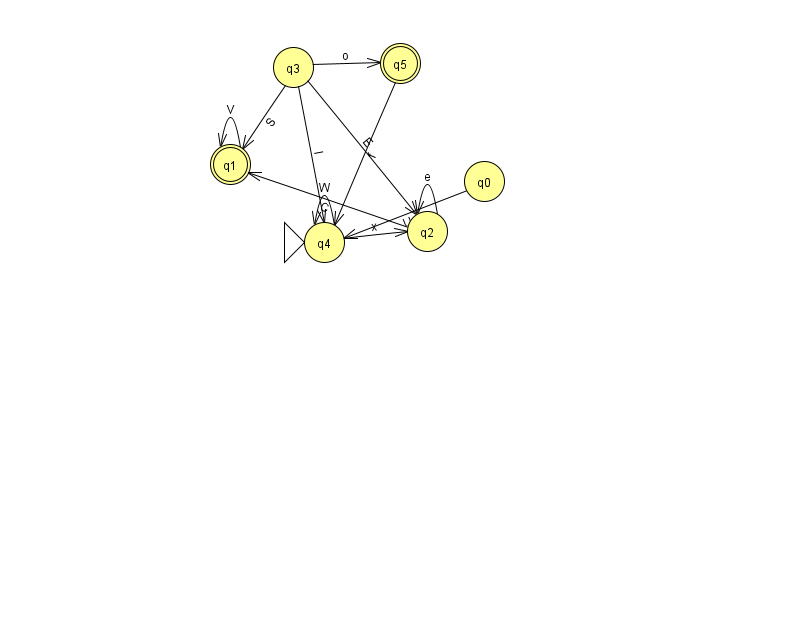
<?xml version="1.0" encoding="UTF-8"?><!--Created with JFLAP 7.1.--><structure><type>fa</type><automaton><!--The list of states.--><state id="0" name="q0"><x>484.0</x><y>168.0</y></state><state id="1" name="q1"><x>230.0</x><y>151.0</y><final/></state><state id="2" name="q2"><x>427.0</x><y>218.0</y></state><state id="3" name="q3"><x>293.0</x><y>54.0</y></state><state id="4" name="q4"><x>324.0</x><y>229.0</y><initial/></state><state id="5" name="q5"><x>400.0</x><y>50.0</y><final/></state><!--The list of transitions.--><transition><from>5</from><to>4</to><read>f</read></transition><transition><from>2</from><to>2</to><read>e</read></transition><transition><from>1</from><to>1</to><read>V</read></transition><transition><from>3</from><to>2</to><read>E</read></transition><transition><from>4</from><to>4</to><read>W</read></transition><transition><from>0</from><to>4</to><read>U</read></transition><transition><from>3</from><to>4</to><read>l</read></transition><transition><from>2</from><to>1</to><read>C</read></transition><transition><from>3</from><to>5</to><read>o</read></transition><transition><from>4</from><to>2</to><read>x</read></transition><transition><from>3</from><to>1</to><read>S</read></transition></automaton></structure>